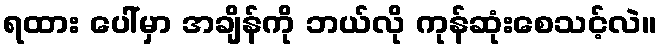
ရထား ပေါ်မှာ အချိန်ကို ဘယ်လို ကုန်ဆုံးစေသင့်လဲ။